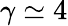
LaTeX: \gamma\simeq 4